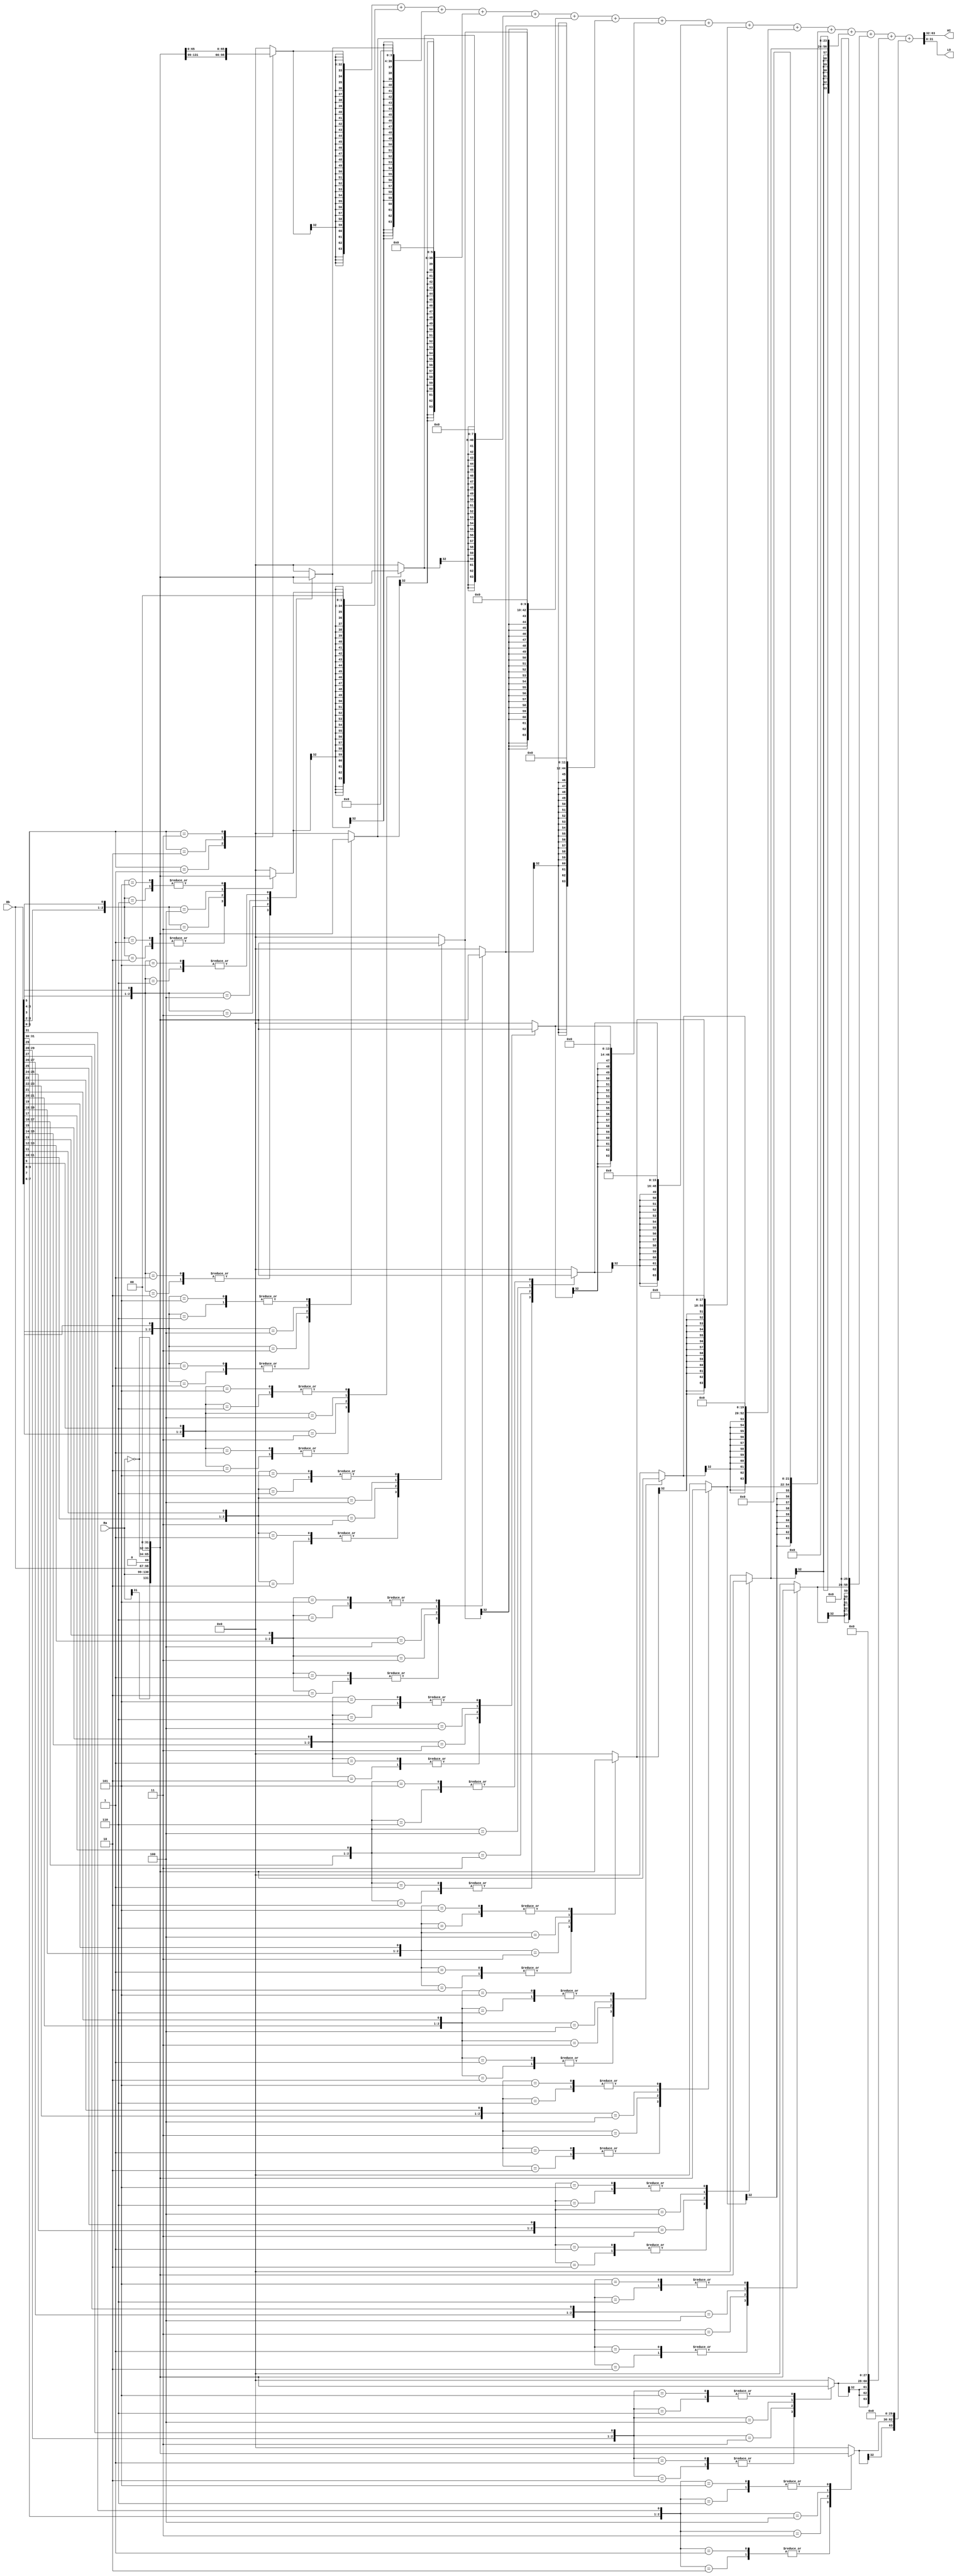
module multiply_booth(
	input [31:0] Ra, Rb,
	output reg [31:0] HI, LO
	);
	//create wires and registers to be used in algorithm
	wire [31:0] invert_Ra;
	reg [2:0] booth_value[15:0];
	reg[32:0] partial_product [15:0];
	reg[63:0] sum_partial_product [15:0];
	reg[63:0] product;
	integer i, j;
	
	//generate twos compliment of multiplicand
	assign invert_Ra = ~Ra;
	always@(Ra or Rb or invert_Ra)
		begin
	//set booth_value
			booth_value[0] = {Rb[1],Rb[0],1'b0};
			for(i =1;i<16;i = i+1)
			begin
				booth_value[i] = {Rb[2*i+1],Rb[2*i],Rb[2*i+1]};
			end
			
			for(i = 0; i<16; i = i+1)
			begin
				case(booth_value[i])
					3'b001, 3'b010 : partial_product[i] = {Ra[32-1],Ra};
					3'b011 : partial_product[i] = {Rb,1'b0};
					3'b100 : partial_product[i] = {invert_Ra[31:0],1'b0};
					3'b101, 3'b110 : partial_product[i] = invert_Ra;
					default : partial_product[i] = 0;
				endcase
			sum_partial_product[i] = $signed(partial_product[i]);
			for(j=0;j<i;j = j+1)
			begin
				sum_partial_product[i] = {sum_partial_product[i],2'b00};
				end
			end
			
			product = sum_partial_product[0];
			for(i =1;i<16;i = i+1)
			begin
				product = product + sum_partial_product[i];
			end
			
			
			HI = product[63:32];
			LO = product[31:0];
		end
endmodule